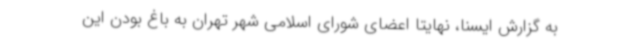
به گزارش ایسنا، نهایتا اعضای شورای اسلامی شهر تهران به باغ بودن این